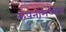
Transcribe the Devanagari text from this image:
कंपनीमध्येच